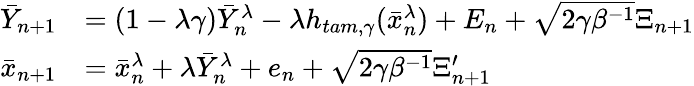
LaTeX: \begin{array}{rl}{\bar{Y}_{n+1}}&{=(1-\lambda\gamma)\bar{Y}_{n}^{\lambda}-\lambda h_{tam,\gamma}(\bar{x}_{n}^{\lambda})+E_{n}+\sqrt{2\gamma\beta^{-1}}\Xi_{n+1}}\\ {\bar{x}_{n+1}}&{=\bar{x}_{n}^{\lambda}+\lambda\bar{Y}_{n}^{\lambda}+e_{n}+\sqrt{2\gamma\beta^{-1}}\Xi_{n+1}^{\prime}}\end{array}